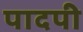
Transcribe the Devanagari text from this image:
पादपी